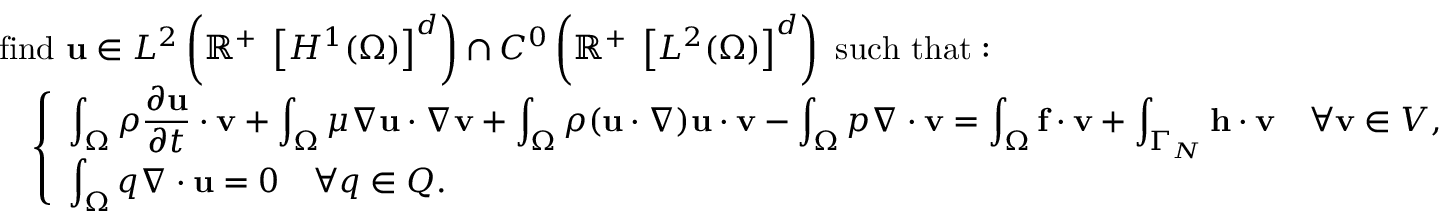
{ \begin{array} { r l } & { { \mathrm { f i n d ~ } } \mathbf { u } \in L ^ { 2 } \left( \mathbb { R } ^ { + } \; \left[ H ^ { 1 } ( \Omega ) \right] ^ { d } \right) \cap C ^ { 0 } \left( \mathbb { R } ^ { + } \; \left[ L ^ { 2 } ( \Omega ) \right] ^ { d } \right) { \mathrm { ~ s u c h ~ t h a t : ~ } } } \\ & { \quad { \left\{ \begin{array} { l l } { \displaystyle \int _ { \Omega } \rho { \frac { \partial \mathbf { u } } { \partial t } } \cdot \mathbf { v } + \int _ { \Omega } \mu \nabla \mathbf { u } \cdot \nabla \mathbf { v } + \int _ { \Omega } \rho ( \mathbf { u } \cdot \nabla ) \mathbf { u } \cdot \mathbf { v } - \int _ { \Omega } p \nabla \cdot \mathbf { v } = \int _ { \Omega } \mathbf { f } \cdot \mathbf { v } + \int _ { \Gamma _ { N } } \mathbf { h } \cdot \mathbf { v } \quad \forall \mathbf { v } \in V , } \\ { \displaystyle \int _ { \Omega } q \nabla \cdot \mathbf { u } = 0 \quad \forall q \in Q . } \end{array} \right. } } \end{array} }